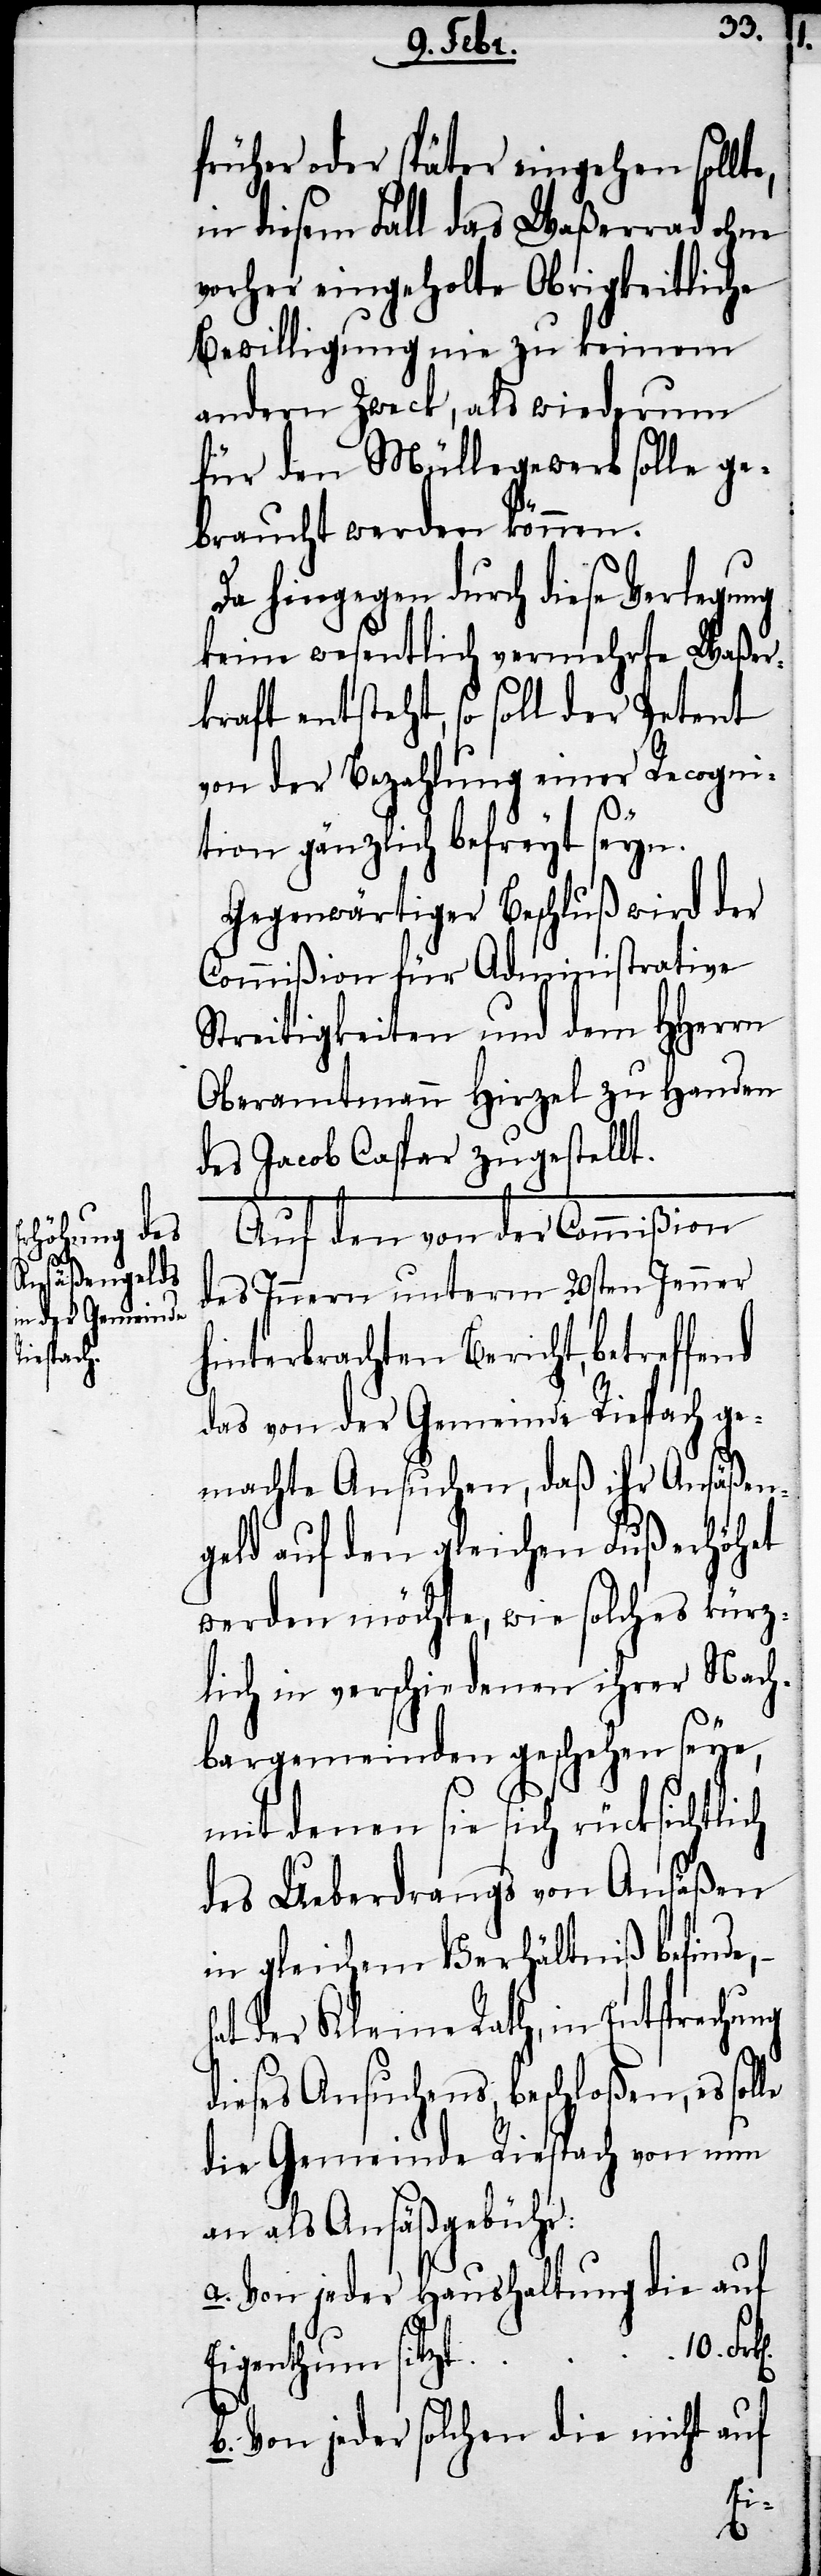
früher oder später eingehen sollte,
in diesem Fall das Waßerrad ohne
vorher eingeholte Obrigkeitliche
Bewilligung nie zu keinem
andern Zweck, als wiederum
für den Müllegewerb solle ge¬
braucht werden können.
Da hingegen durch diese Verlegung
keine wesentlich vermehrte Waßer¬
kraft entsteht, so soll der Petent
von der Bezahlung einer Recogni¬
tion gänzlich befreyt seyn.
Gegenwärtiger Beschluß wird der
Commißion für Administrative
Streitigkeiten und dem HHerrn
Oberamtmann Hirzel zu Handen
des Jacob Caspar zugestellt.
Auf den von der Commißion
des Innern unterm 30sten Jenner
hinterbrachten Bericht, betreffend
das von der Gemeinde Riespach ge¬
machte Ansuchen, daß ihr Ansäßen¬
geld auf den gleichen Fuß erhöhet
werden möchte, wie solches kürz¬
lich in verschiedenen ihrer Nach¬
bargemeinden geschehen seye,
mit denen sie sich rücksichtli¬
des Ueberdrangs von Ansäßen
in gleichem Verhältniß befinde,
at der Kleine Rath, in Entsprechung
dieses Ansuchens, beschloßen, es sol¬
die Gemeinde Riespach von nun
an als Ansäßgebühr:
a. Von jeder Haushaltung die auf
Eigenthum sitzt			10.
b. Von jeder solchen die nicht auf
le